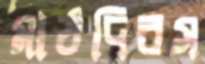
মাঠদিবস